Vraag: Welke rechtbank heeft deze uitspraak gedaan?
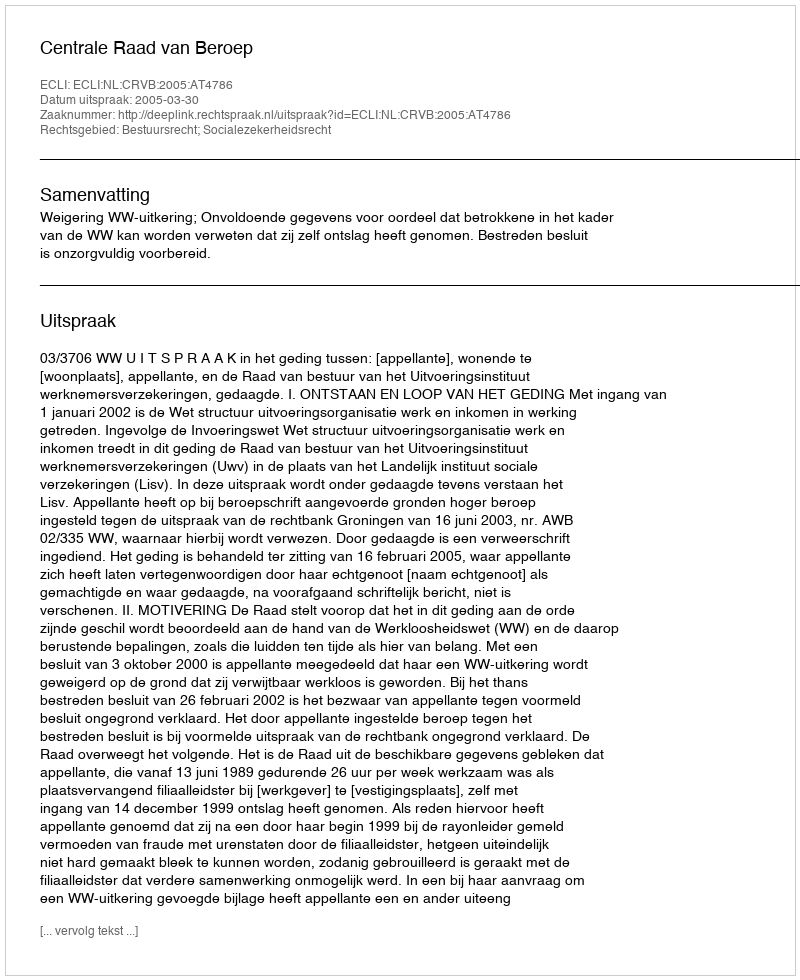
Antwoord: Centrale Raad van Beroep